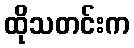
ထိုသတင်းက